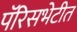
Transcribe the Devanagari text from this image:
पॅरिसभेटीत